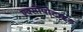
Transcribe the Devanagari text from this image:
एक्सोपोटाइड